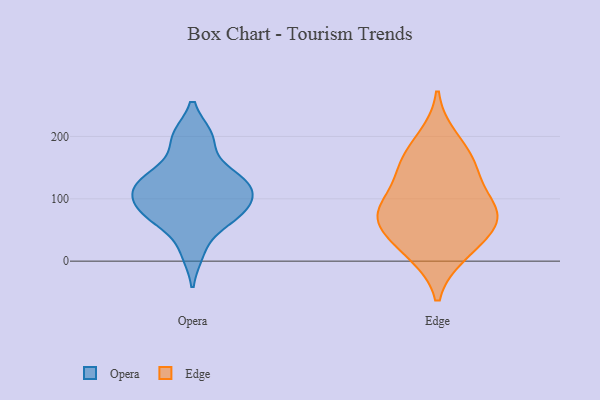
{"axis": {"x": "Demand Index", "y": "Value"}, "legend": ["Edge", "Opera"], "data": [{"x": "", "y": 66, "type": "Opera"}, {"x": "", "y": 76, "type": "Opera"}, {"x": "", "y": 126, "type": "Opera"}, {"x": "", "y": 108, "type": "Opera"}, {"x": "", "y": 115, "type": "Opera"}, {"x": "", "y": 80, "type": "Opera"}, {"x": "", "y": 116, "type": "Opera"}, {"x": "", "y": 200, "type": "Opera"}, {"x": "", "y": 200, "type": "Opera"}, {"x": "", "y": 150, "type": "Opera"}, {"x": "", "y": 131, "type": "Opera"}, {"x": "", "y": 14, "type": "Opera"}, {"x": "", "y": 77, "type": "Opera"}, {"x": "", "y": 164, "type": "Edge"}, {"x": "", "y": 98, "type": "Edge"}, {"x": "", "y": 72, "type": "Edge"}, {"x": "", "y": 66, "type": "Edge"}, {"x": "", "y": 197, "type": "Edge"}, {"x": "", "y": 17, "type": "Edge"}, {"x": "", "y": 81, "type": "Edge"}, {"x": "", "y": 148, "type": "Edge"}, {"x": "", "y": 75, "type": "Edge"}, {"x": "", "y": 143, "type": "Edge"}, {"x": "", "y": 12, "type": "Edge"}, {"x": "", "y": 50, "type": "Edge"}]}